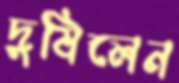
দুষিলেন